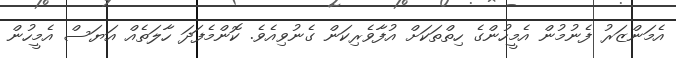
އެމަންޒަރު ފެނުމުން އެމީހުންގެ ހިތްތަކަށް އުފާވެރިކަން ގެނުވިއެވެ. ކޮންމެފަދަ ހާލަތެއް އަޔަސް އެމީހުން